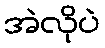
အဲလိုပဲ